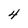
Character: 4